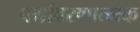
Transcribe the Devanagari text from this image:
पर्यावरणात्मक